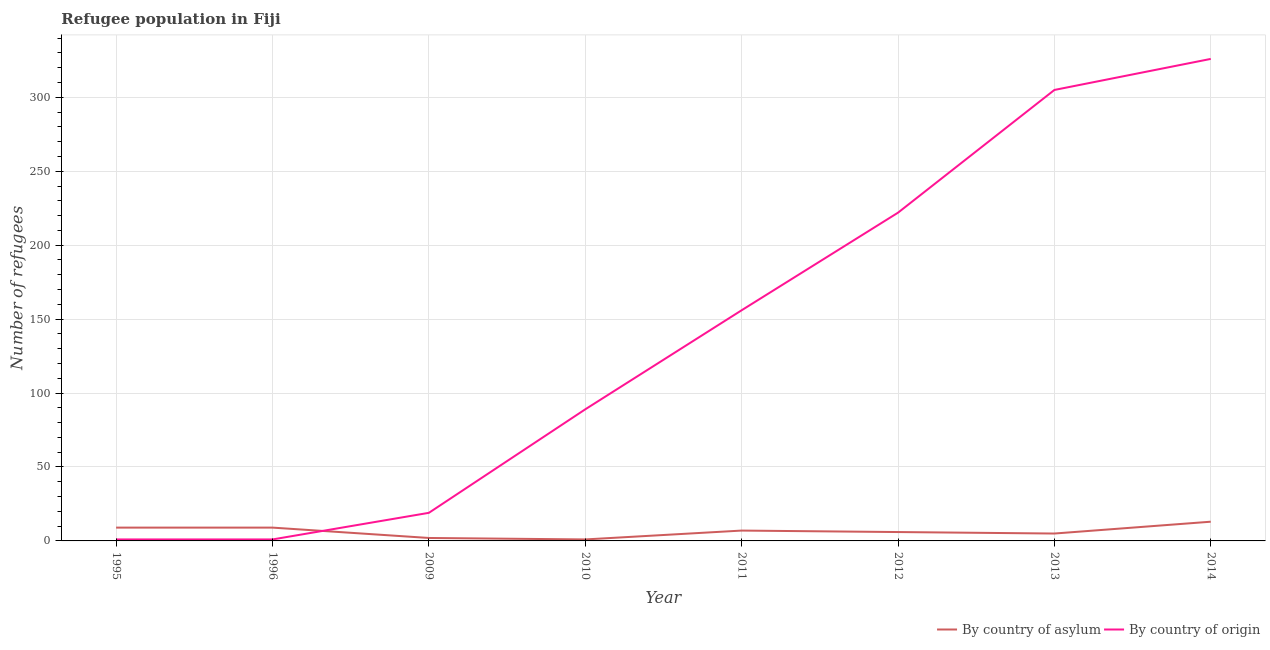
| Year | By country of asylum | By country of origin |
 | --- | --- | --- |
 | 1995 | 9 | 1 |
 | 1996 | 9 | 1 |
 | 2009 | 2 | 19 |
 | 2010 | 1 | 89 |
 | 2011 | 7 | 156 |
 | 2012 | 6 | 222 |
 | 2013 | 5 | 305 |
 | 2014 | 13 | 326 |